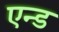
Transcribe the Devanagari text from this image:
एन्‍ड